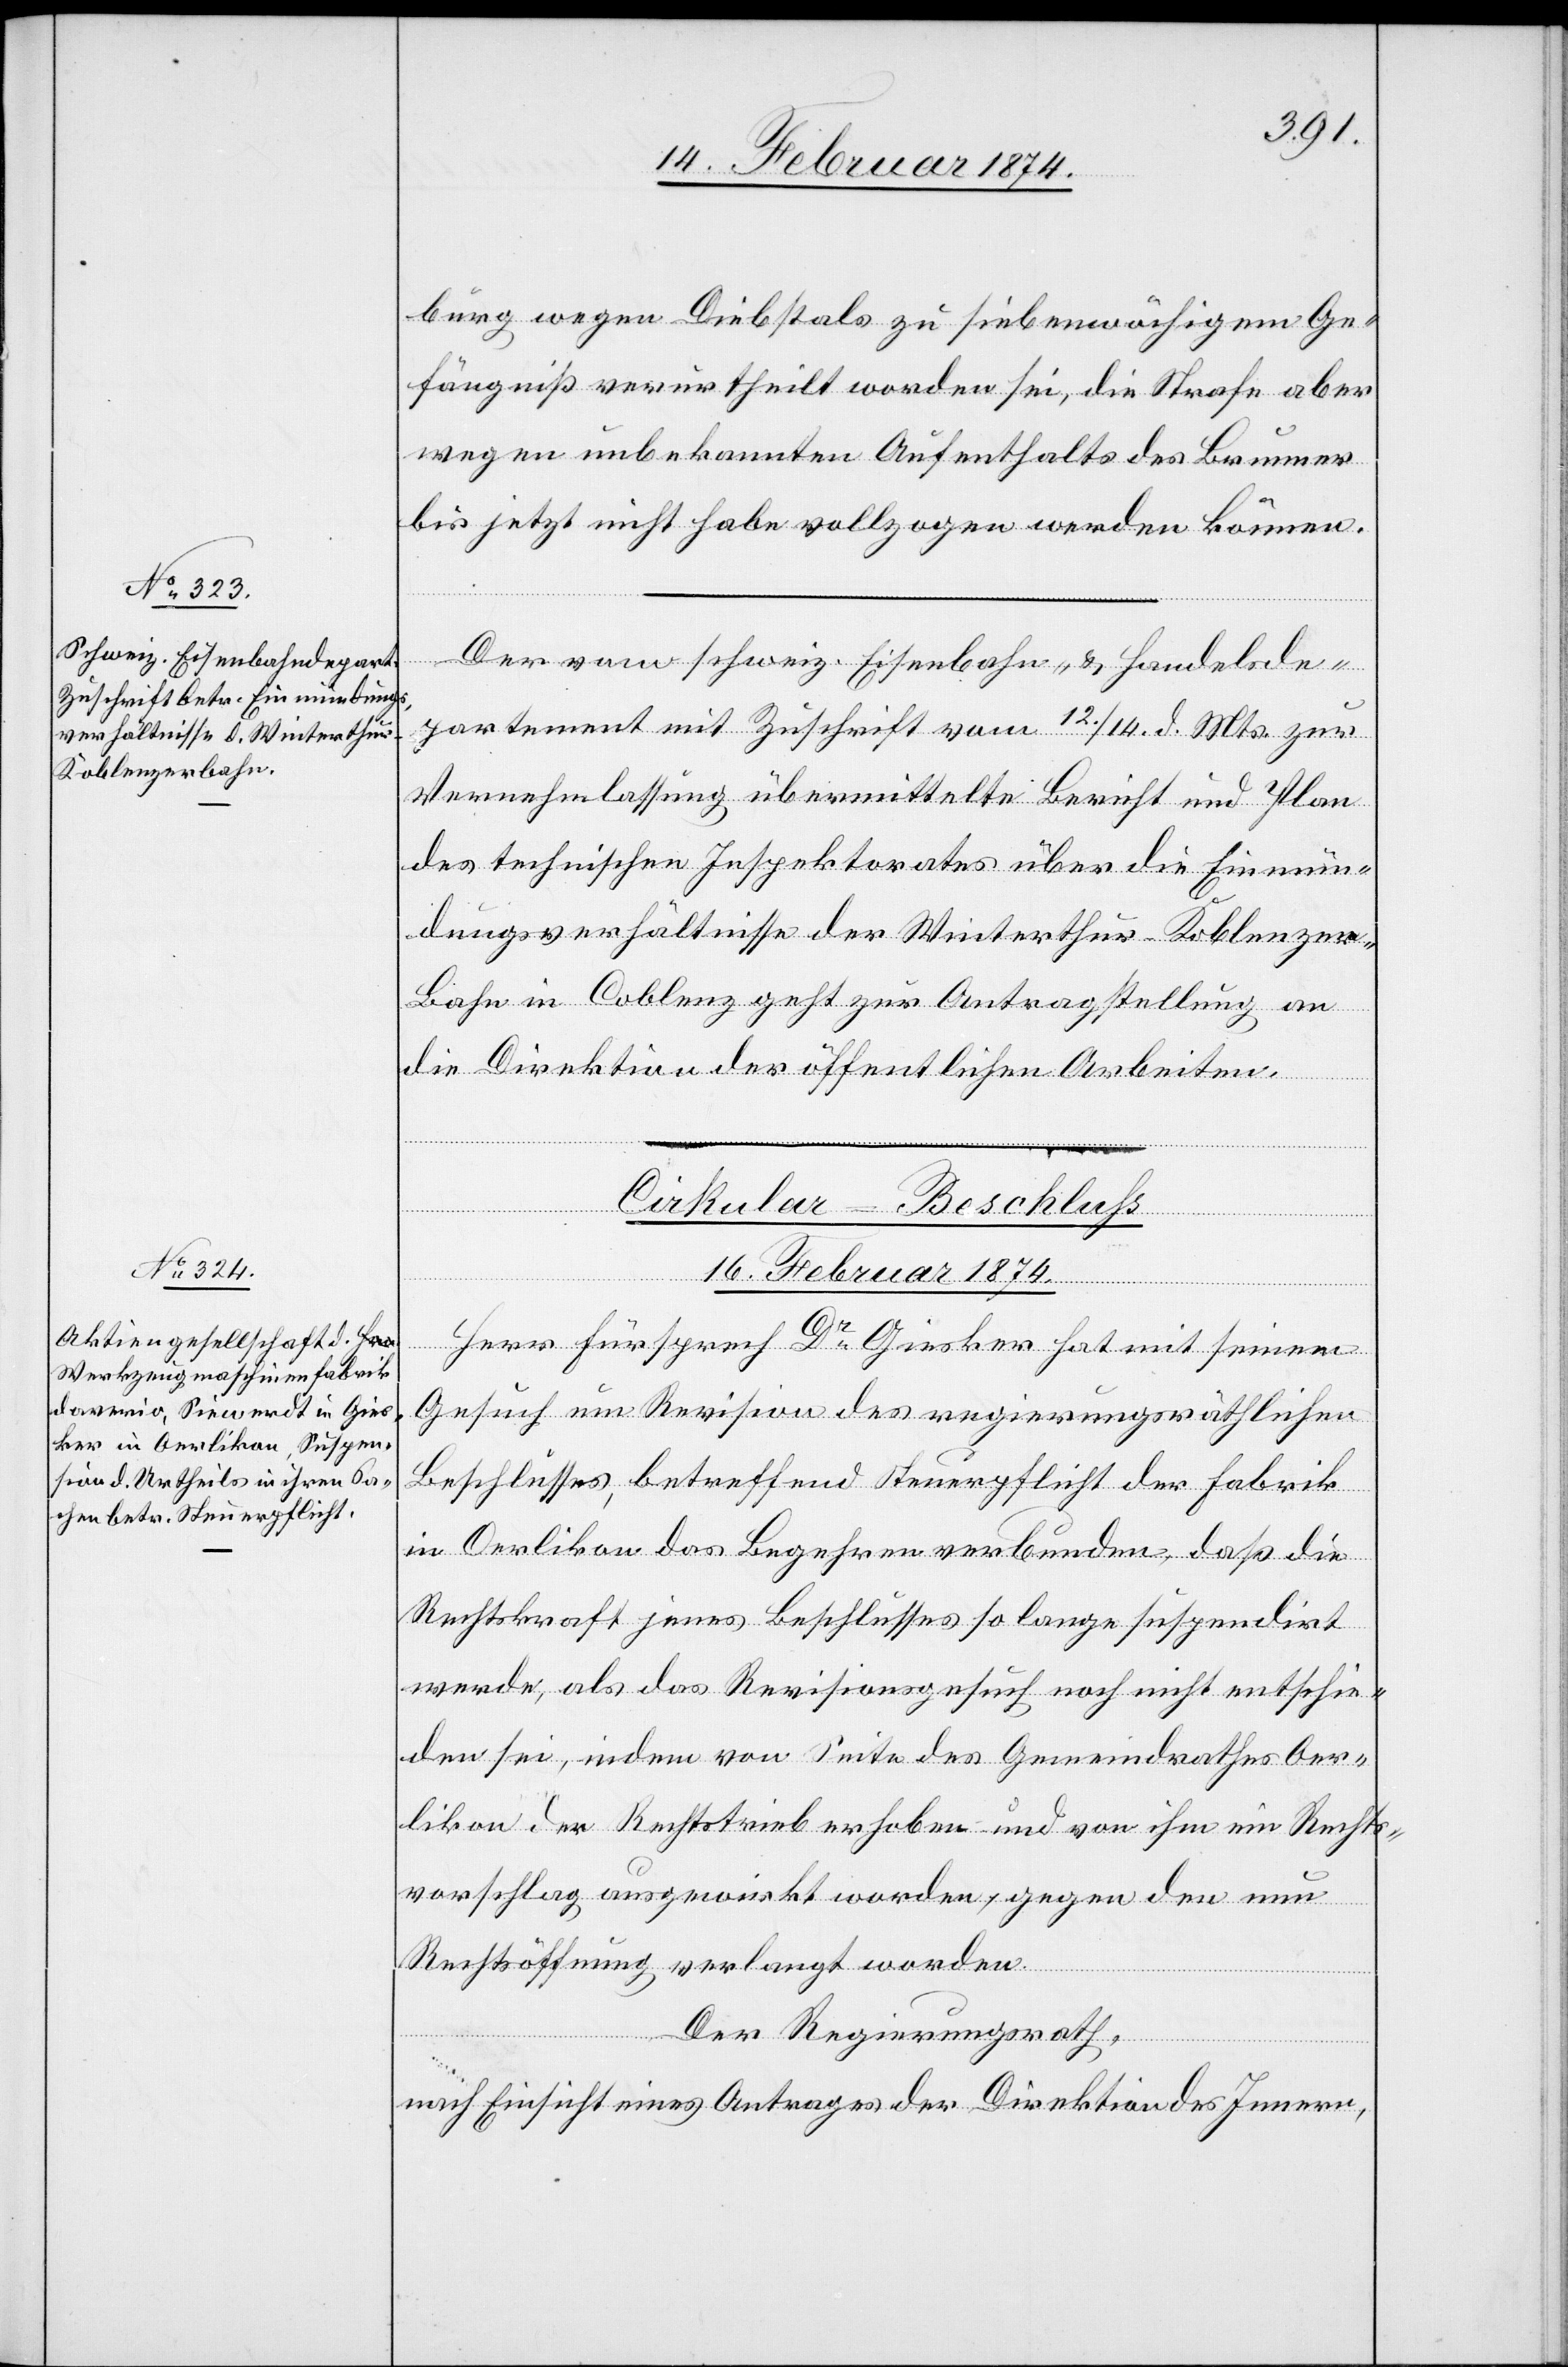
burg wegen Diebstals zu siebenwöchigem Ge¬
fängniß verurtheilt worden sei, die Strafe aber
wegen unbekannten Aufenthalts des Brunner
bis jetzt nicht habe vollzogen werden können.
Der vom schweiz. Eisenbahn- u. Handelsde¬
partement mit Zuschrift vom 12./14. d. Mts. zur
Vernehmlassung übermittelte Bericht und Plan
des technischen Inspektorates über die Einmün¬
dungsverhältnisse der Winterthur-Koblenzer¬
bahn in Coblenz geht zur Antragstellung an
die Direktion der öffentlichen Arbeiten.
Cirkular-Beschluß
16. Februar 1874.
Herr Fürsprech Dr Giesker hat mit seinem
Gesuch um Revision des regierungsräthlichen
Beschlusses, betreffend Steuerpflicht der Fabrik
in Oerlikon das Begehren verbunden, daß die
Rechtskraft jenes Beschlusses so lange suspendirt
werde, als das Revisionsgesuch noch nicht entschie¬
den sei, indem von Seite des Gemeindrathes Oer¬
likon der Rechtstrieb erhoben und von ihm um Rechts¬
vorschlag ausgewirkt worden, gegen den nun
Rechtsöffnung verlangt worden
Der Regierungsrath,
nach Einsicht eines Antrages der Direktion des Innern,